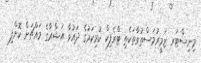
މިނިސްޓަރ ޒަމީރުމަސްތުވާތަކެތި ޓްރެފިކް ކުރިކަމުގެ ދައުވާ އަޝްރާގެ މައްޗަށް ކޮށްފި